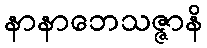
နာနာဘေသဇ္ဇာနိ